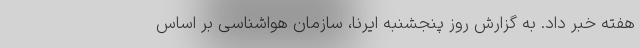
هفته خبر داد. به گزارش روز پنجشنبه ایرنا، سازمان هواشناسی بر اساس